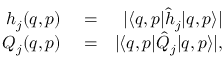
\begin{array} { r l r } { h _ { j } ( q , p ) } & { { } = } & { \vert \langle q , p \vert \hat { h } _ { j } \vert q , p \rangle \vert } \\ { Q _ { j } ( q , p ) } & { { } = } & { \vert \langle q , p \vert \hat { Q } _ { j } \vert q , p \rangle \vert , } \end{array}